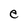
Character: e